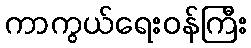
ကာကွယ်ရေးဝန်ကြီး